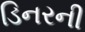
ડિનરની